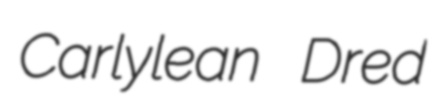
Carlylean Dred